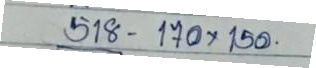
518 - 170 x 150